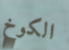
الكوخ